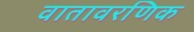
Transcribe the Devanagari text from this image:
वातावरणिक